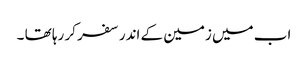
اب میں زمین کے اندر سفر کر رہا تھا ۔